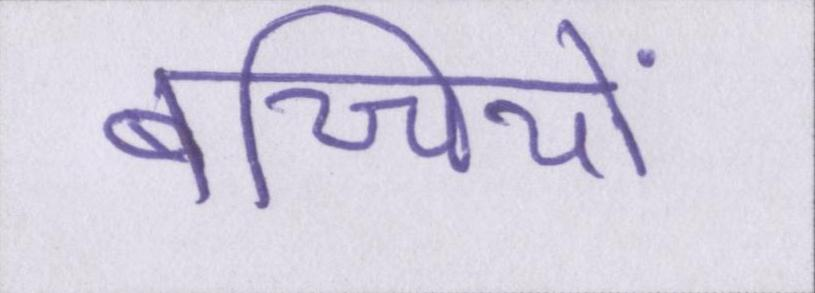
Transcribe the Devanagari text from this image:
बच्चियों